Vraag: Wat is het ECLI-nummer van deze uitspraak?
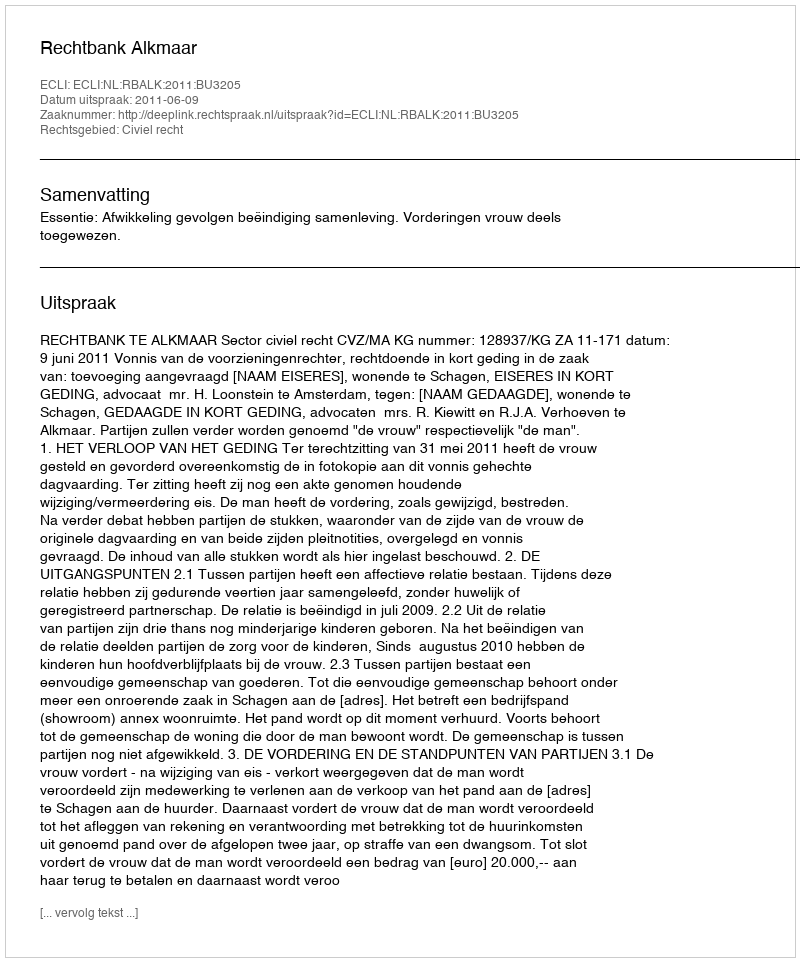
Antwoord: ECLI:NL:RBALK:2011:BU3205